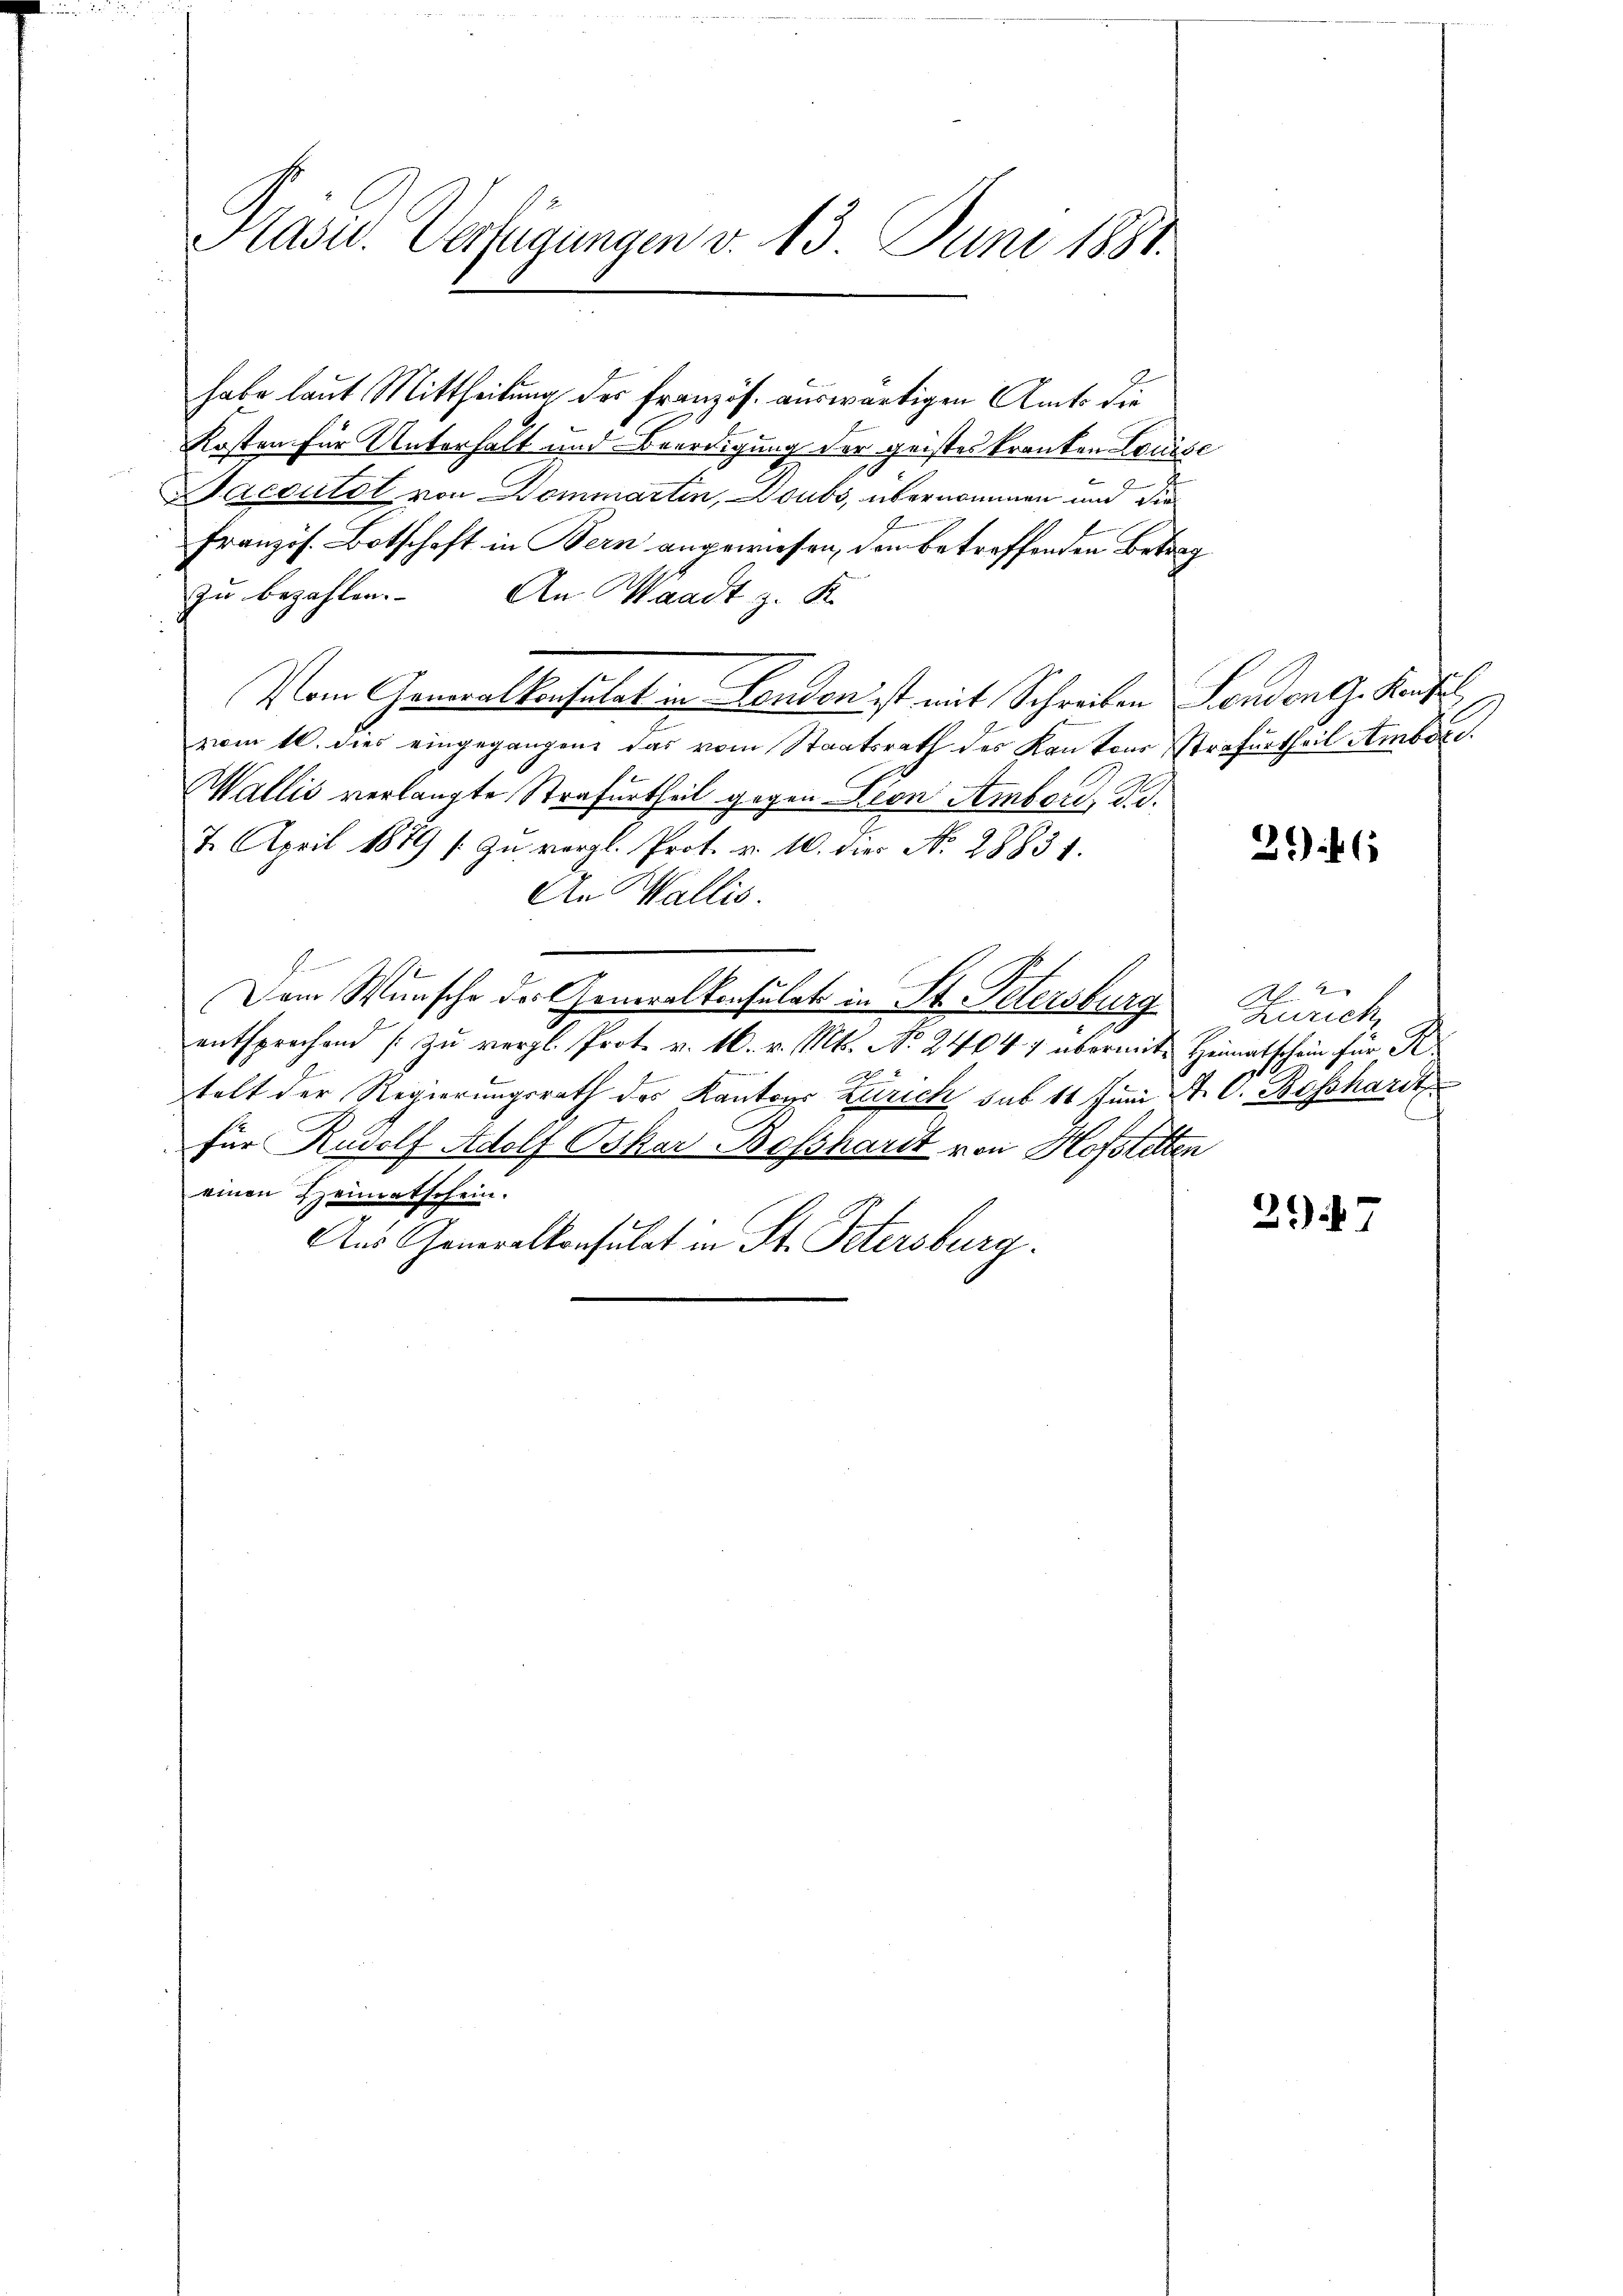
Präsid. Verfügungen v. 13. Juni 1881.

habe laut Mittheilung der Französ. auswärtigen Amts die
Kosten für Unterhalt und Beerdigung der geistes Kranken Louise
Sacoulat von Dommartin, Doubs, übernommen und die
Französ. Botschaft in Bern angewiesen, den betreffenden Betrag
zu bezahlen. An Waadt z. K.
Vom Generalkonsulat in London ist mit Schreiben London G. Kaufe
vom 10. dies eingegangene das vom Staatsrath des Kantons Strafurtheil Amber
Wallis verlangte Strafurtheil gegen Lion Amber, d. d.
7. April 1879 (zu vergl. Prot. v. 10. die No. 28831.
An Wallis.
E
Dem Wunsche der Generalkonsulat in St. Petersburg Zürich,
entsprechend zu vergl. Prot. v. 16. v. Mts. No. 246047 übermit Heimatschein für R.

telt der Regierungsrath der Kantons Zürich sub 11 Juni A. G. Bossharrt
für Rudolf Adolf Oskar Bosshardt von Hofstetten
einen Heimatschein.
Aus Generalkonsulat in St. Petersburg.

206

217